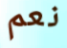
نعم